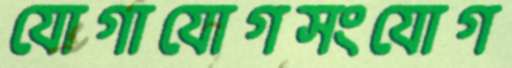
যোগাযোগসংযোগ